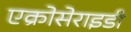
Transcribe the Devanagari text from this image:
एक्रोसेराइडी